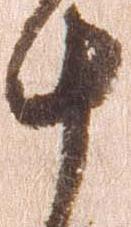
十